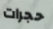
حجرات